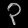
Digit: ၃